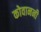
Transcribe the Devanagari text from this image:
कोवाननी